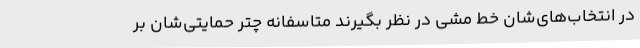
در انتخاب‌های‌شان خط مشی در نظر بگیرند متاسفانه چتر حمایتی‌شان بر